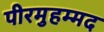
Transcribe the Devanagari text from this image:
पीरमुहम्मद